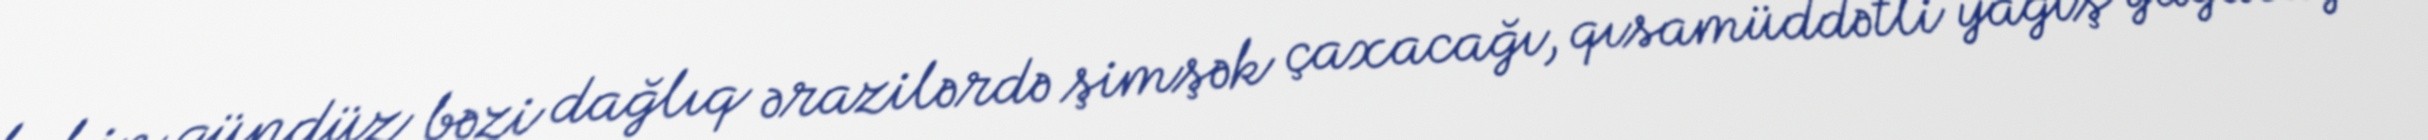
lakin gündüz bəzi dağlıq ərazilərdə şimşək çaxacağı, qısamüddətli yağış yağacağı